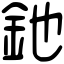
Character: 釶